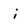
Character: i